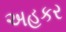
અહકર